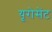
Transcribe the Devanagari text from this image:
यूरोसेंट